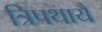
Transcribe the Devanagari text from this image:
त्रिपथायै